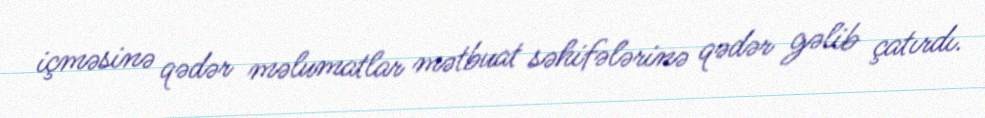
içməsinə qədər məlumatlar mətbuat səhifələrinə qədər gəlib çatırdı.